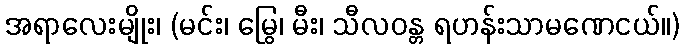
အရာလေးမျိုး၊ (မင်း၊ မြွေ၊ မီး၊ သီလဝန္တ ရဟန်းသာမဏေငယ်။)